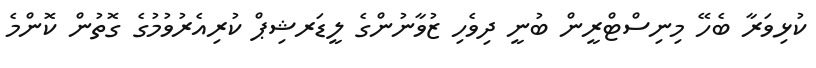
ކުޅިވަރާ ބެހޭ މިނިސްޓްރީން ބުނީ ދިވެހި ޒުވާނުންގެ ލީޑަރޝިޕް ކުރިއެރުވުމުގެ ގޮތުން ކޮންމެ